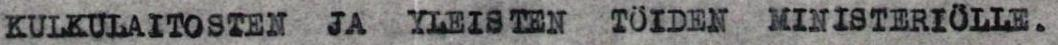
KULKULAITOSTEN JA YLEISTEN  TÖIDEN MINISTERIÖLLE.